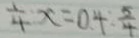
\frac { 1 } { 4 } x = 0 . 4 : \frac { 5 } { 4 }